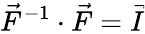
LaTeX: \vec{F}^{-1}\cdot\vec{F}=\vec{I}